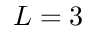
L = 3